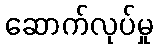
ဆောက်လုပ်မှု